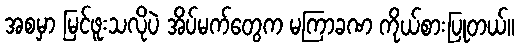
အစမှာ မြင်ဖူးသလိုပဲ အိပ်မက်တွေက မကြာခဏ ကိုယ်စားပြုတယ်။